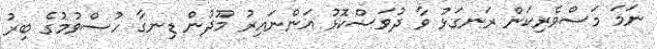
ނަމަ މަސްވެރިކަން ރަނގަޅު ވާ ދުވަސްކޮޅު އަންނައިރު މޫދުން ޑިނގާ ހުސްވުމުގެ ބިރު